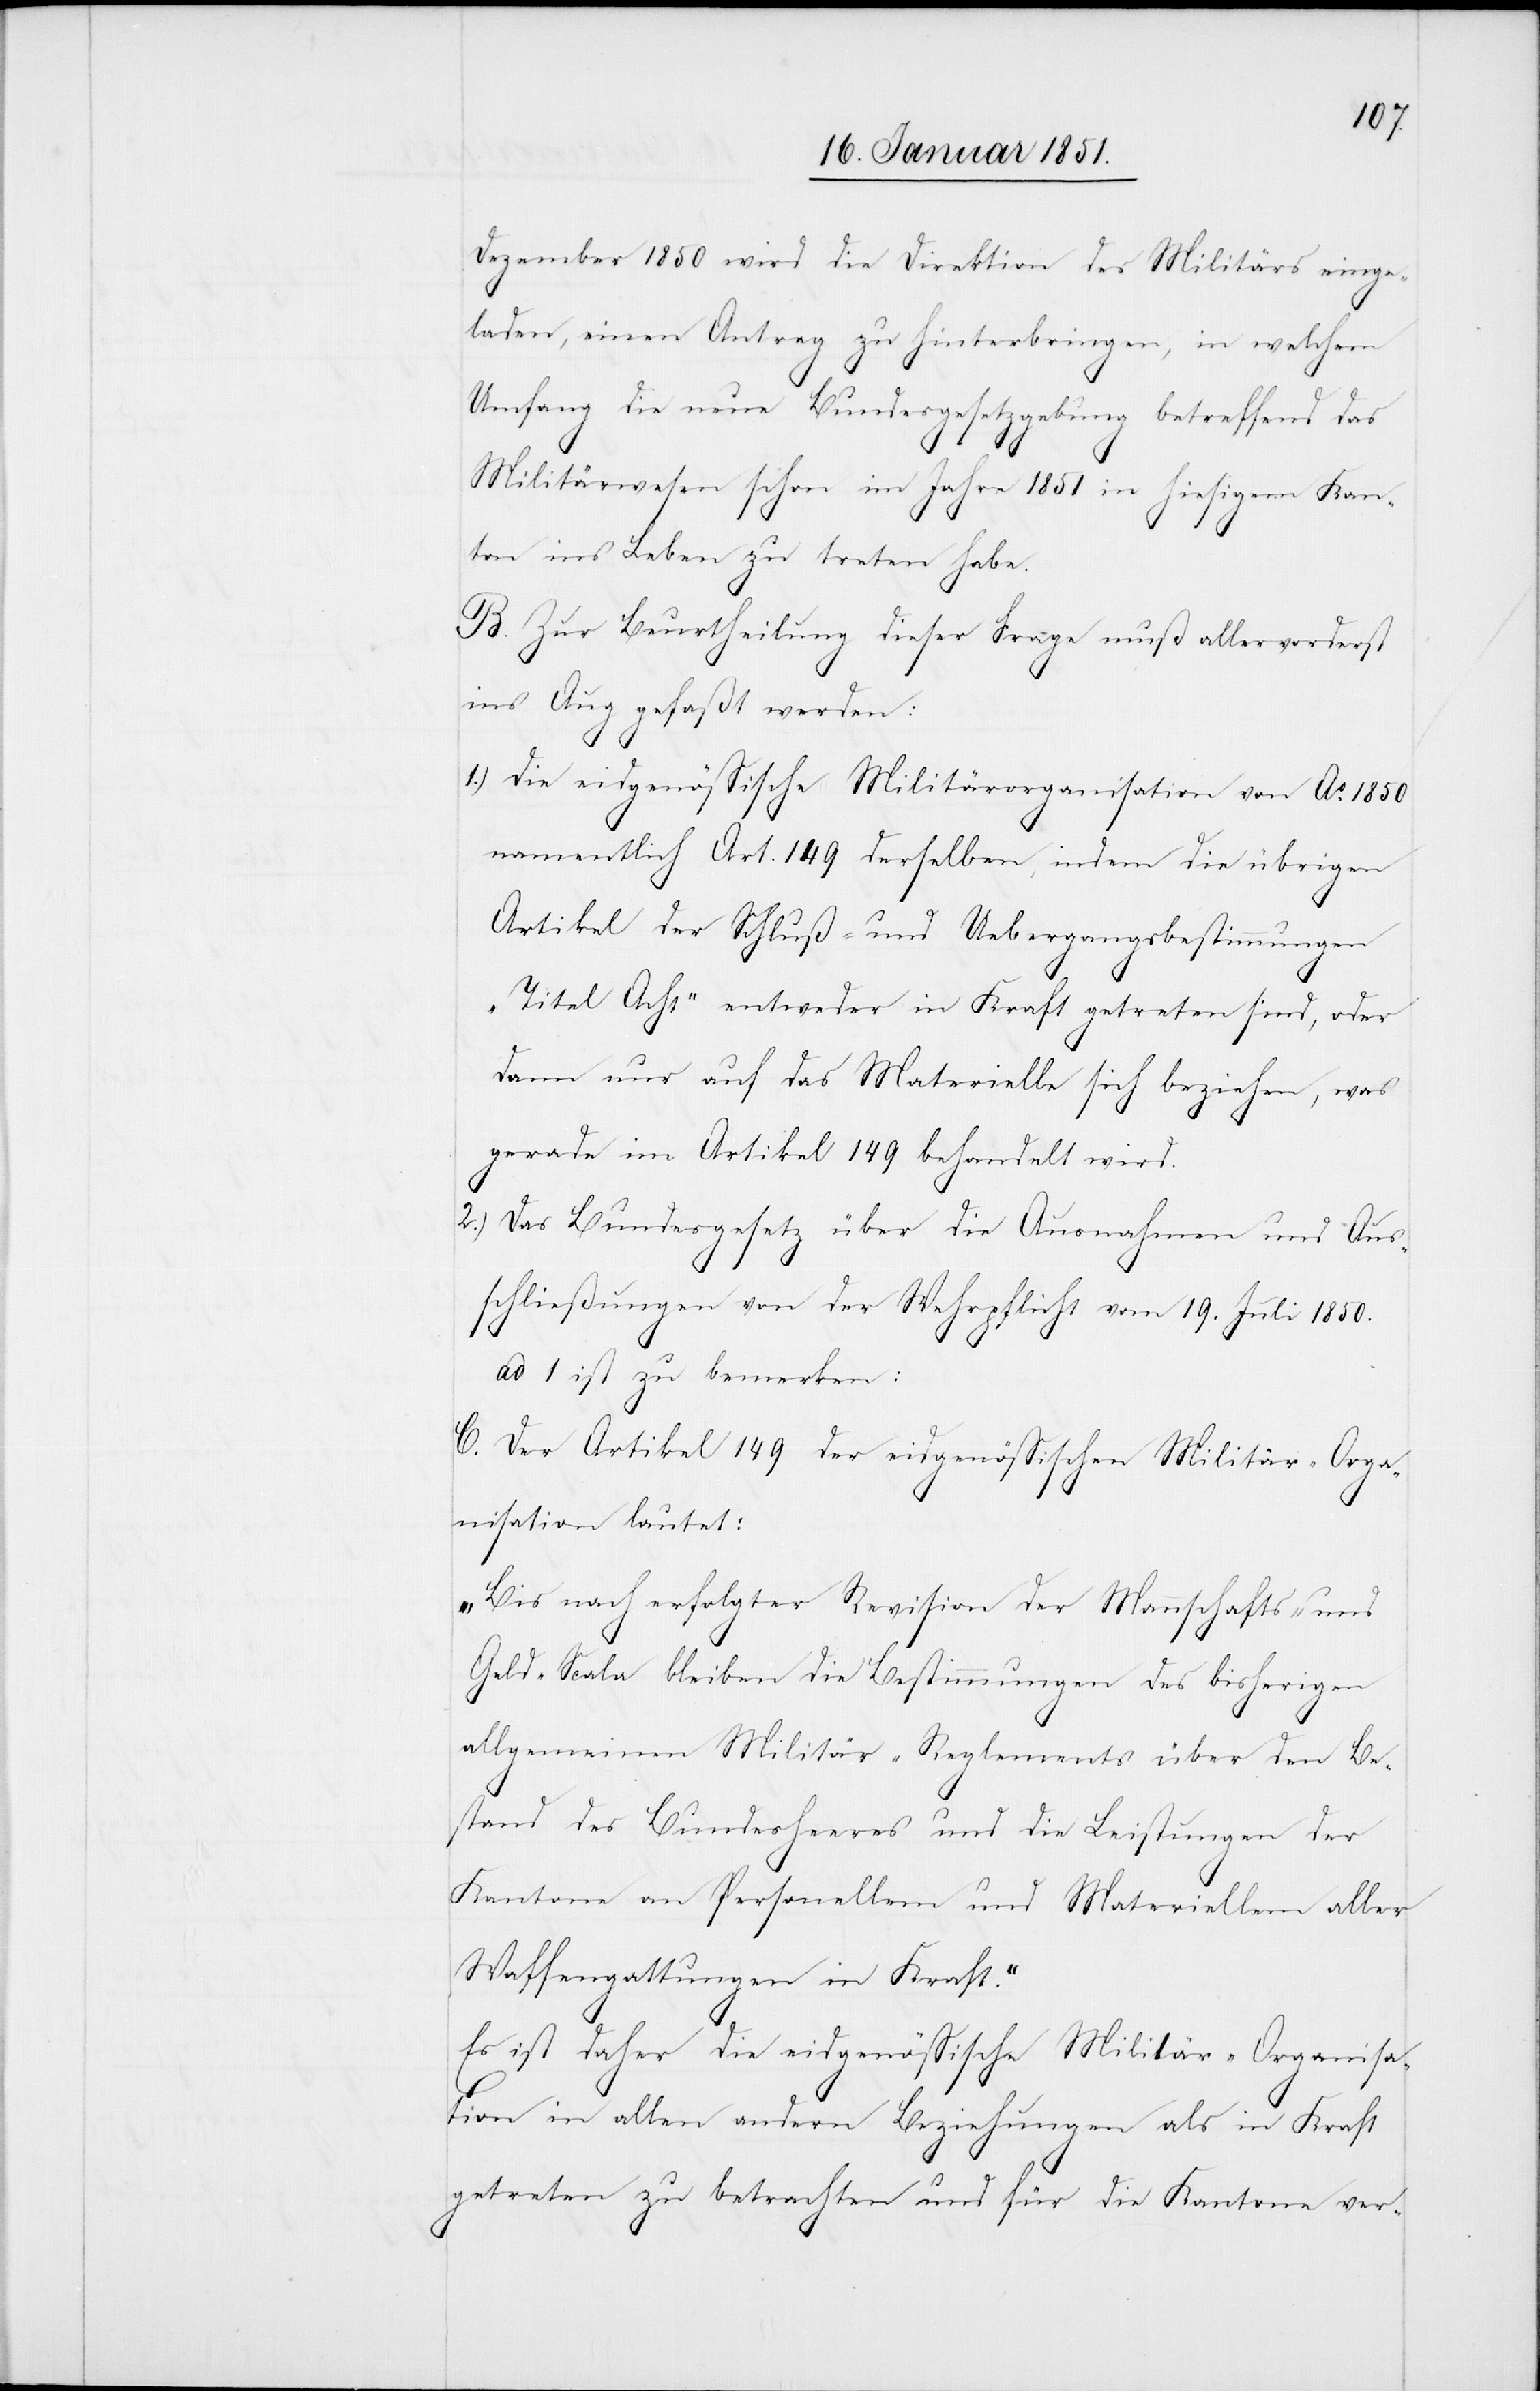
Dezember 1850 wird die Direktion des Militärs einge¬
laden, einen Antrag zu hinterbringen, in welchem
Umfang die neue Bundesgesetzgebung betreffend das
Militärwesen schon im Jahre 1851 in hiesigem Kan¬
ton ins Leben zu treten habe.
B. Zur Beurtheilung dieser Frage muß allervorderst
ins Aug gefaßt werden:
1.)
Die eidgenössische Militärorganisation von Ao. 1850
namentlich Art. 149 derselben, indem die übrigen
Artikel der Schluß- und Uebergangsbestimmungen
„Titel Acht“ entweder in Kraft getreten sind, oder
dann nur auf das Materielle sich beziehen, was
gerade im Artikel 149 behandelt wird.
Das Bundesgesetz über die Ausnahmen und Aus¬
schließungen von der Wehrpflicht vom 19. Juli 1850.
ad 1 ist zu bemerken:
C. Der Artikel 149 der eidgenössischen Militär-Orga¬
nisation lautet:
„Bis nach erfolgter Revision der Mannschafts- und
Geld-Scala bleiben die Bestimmungen des bisherigen
allgemeinen Militär-Reglements über den Be¬
stand des Bundesheeres und die Leistungen der
Kantone an Personellem und Materiellem aller
Waffengattungen in Kraft.“
Es ist daher die eidgenössische Militär-Organisa¬
tion in allen andern Beziehungen als in Kraft
getreten zu betrachten und für die Kantone ver-